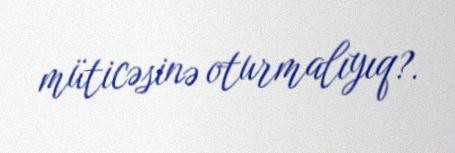
müticəsinə oturmalıyıq?.